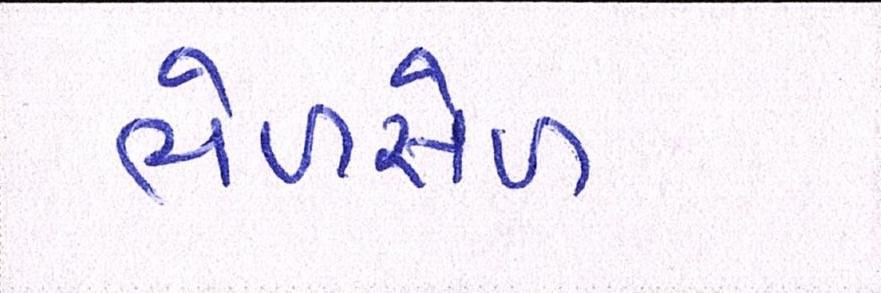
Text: ભેળસેળ